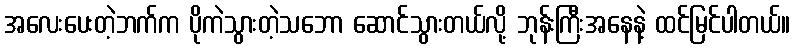
အလေးပေးတဲ့ဘက်က ပိုကဲသွားတဲ့သဘော ဆောင်သွားတယ်လို့ ဘုန်းကြီးအနေနဲ့ ထင်မြင်ပါတယ်။